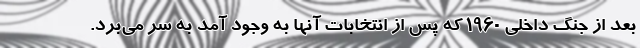
بعد از جنگ داخلی 1960 که پس از انتخابات آنها به وجود آمد به سر می‌برد.